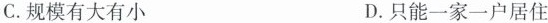
C.规模有大有小 D.只能一家一户居住